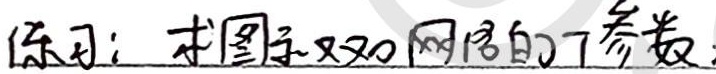
练习：求图示双口网络的 \(T\) 参数。